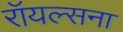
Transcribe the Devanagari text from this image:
रॉयल्सना